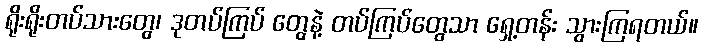
ရိုးရိုးတပ်သားတွေ၊ ဒုတပ်ကြပ် တွေနဲ့ တပ်ကြပ်တွေသာ ရှေ့တန်း သွားကြရတယ်။